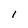
Character: 1